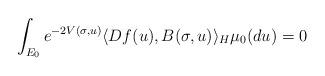
LaTeX: \begin{align*}\int_{E_0} e^{-2V(\sigma, u)}\langle Df(u), B(\sigma, u) \rangle_H\mu_0(du) = 0 \end{align*}